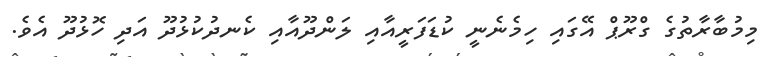
މިމުބާރާތުގެ ގްރޫޕް އޭގައި ހިމެނެނީ ކުޑަފަރީއާއި ލަންދޫއާއި ކެނދުކުޅުދޫ އަދި ހޮޅުދޫ އެވެ.